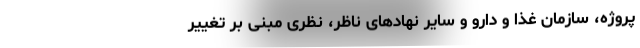
پروژه، سازمان غذا و دارو و سایر نهادهای ناظر، نظری مبنی بر تغییر